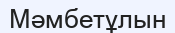
Мәмбетұлын